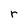
Character: r